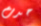
حدث